Annual administration report of the Civil Veterinary Department of India - 1902-1903
Year: 1902
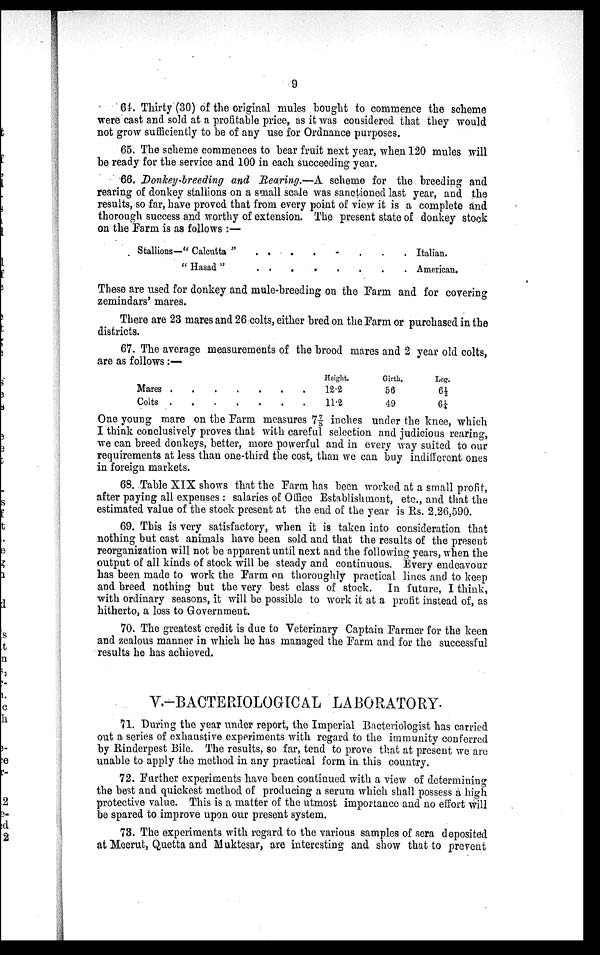
9
64. Thirty (30) of the original mules bought to commence the scheme
were cast and sold at a profitable price, as it was considered that they would
not grow sufficiently to be of any use for Ordnance purposes.
65. The scheme commences to bear fruit next year, when 120 mules will
be ready for the service and 100 in each succeeding year.
66. Donkey-breeding and Rearing.—A scheme for the breeding and
rearing of donkey stallions on a small scale was sanctioned last year, and the
results, so far, have proved that from every point of view it is a complete and
thorough success and worthy of extension. The present state of donkey stock
on the Farm is as follows :—
Stallions—"Calcutta" . . . . . . . .
"Hasad" . . . . . . . .
Italian.
American.
These are used for donkey and mule-breeding on the Farm and for covering
zemindars' mares.
There are 23 mares and 26 colts, either bred on the Farm or purchased in the
districts.
67. The average measurements of the brood mares and 2 year old colts,
are as follows :—
Mares . . . . . . .
Colts . . . . . . .
Height.
12.2
11.2
Girth.
56
49
Leg.
6½
6¼
One young mare on the Farm measures 7 7/8 inches under the knee, which
I think conclusively proves that with careful selection and judicious rearing,
we can breed donkeys, better, more powerful and in every way suited to our
requirements at less than one-third the cost, than we can buy indifferent ones
in foreign markets.
68. Table XIX shows that the Farm has been worked at a small profit,
after paying all expenses: salaries of Office Establishment, etc., and that the
estimated value of the stock present at the end of the year is Rs. 2.26,590.
69. This is very satisfactory, when it is taken into consideration that
nothing but cast animals have been sold and that the results of the present
reorganization will not be apparent until next and the following years, when the
output of all kinds of stock will be steady and continuous. Every endeavour
has been made to work the Farm on thoroughly practical lines and to keep
and breed nothing but the very best class of stock. In future, I think,
with ordinary seasons, it will be possible to work it at a profit instead of, as
hitherto, a loss to Government.
70. The greatest credit is due to Veterinary Captain Farmer for the keen
and zealous manner in which he has managed the Farm and for the successful
results he has achieved.
V.-BACTERIOLOGICAL LABORATORY.
71. During the year under report, the Imperial Bacteriologist has carried
out a series of exhaustive experiments with regard to the immunity conferred
by Rinderpest Bile. The results, so far, tend to prove that at present we are
unable to apply the method in any practical form in this country.
72. Further experiments have been continued with a view of determining
the best and quickest method of producing a serum which shall possess a high
protective value. This is a matter of the utmost importance and no effort will
be spared to improve upon our present system.
73. The experiments with regard to the various samples of sera deposited
at Meerut, Quetta and Muktesar, are interesting and show that to prevent